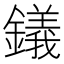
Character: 𫓔